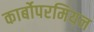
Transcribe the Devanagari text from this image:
कार्बोपरमियन